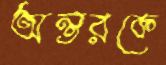
অন্তরকে